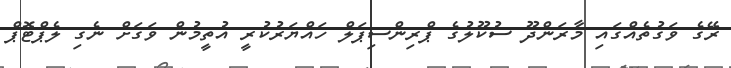
ރޭގެ ވަގުތެެއްގައި މާރަންދޫ ސުކޫލުގެ ޕްރިންސިޕަލް ހައްޔަރުކުރީ އުތީމުން ވަގަށް ނެގި ލެޕްޓޮޕް